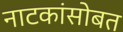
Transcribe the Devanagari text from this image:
नाटकांसोबत